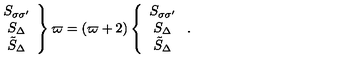
\left. \begin{array} { c c c } { S _ { \sigma \sigma ^ { \prime } } \nonumber } \\ { S _ { \Delta } \nonumber } \\ { \tilde { S } _ { \Delta } } \\ \end{array} \right\} \varpi = ( \varpi + 2 ) \left\{ \begin{array} { c c c } { S _ { \sigma \sigma ^ { \prime } } \nonumber } \\ { S _ { \Delta } \nonumber } \\ { \tilde { S } _ { \Delta } } \\ \end{array} \right. .